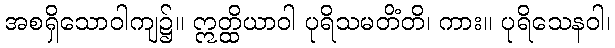
အစရှိသောဝါကျ၌။ ဣတ္ထိယာဝါ ပုရိသမတိံတိ၊ ကား။ ပုရိသေနဝါ၊